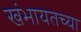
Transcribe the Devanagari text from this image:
खंभायतच्या